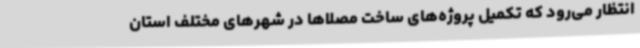
انتظار می‌رود که تکمیل پروژه‌های ساخت مصلاها در شهرهای مختلف استان